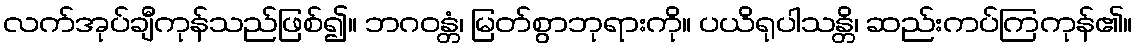
လက်အုပ်ချီကုန်သည်ဖြစ်၍။ ဘဂဝန္တံ၊ မြတ်စွာဘုရားကို။ ပယိရုပါသန္တိ၊ ဆည်းကပ်ကြကုန်၏။